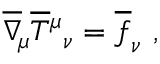
\overline { { \nabla } } _ { \! \mu } \overline { { T } } { ^ \mu } { _ \nu } = \overline { { f } } _ { \nu } \ ,